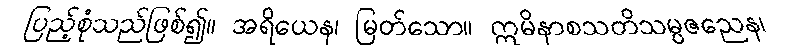
ပြည့်စုံသည်ဖြစ်၍။ အရိယေန၊ မြတ်သော။ ဣမိနာစသတိသမ္ပဇညေန၊